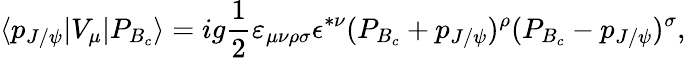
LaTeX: \langle p_{J/\psi}|V_{\mu}|P_{B_{c}}\rangle=ig{\frac{1}{2}}\varepsilon_{\mu\nu\rho\sigma}\epsilon^{*\nu}(P_{B_{c}}+p_{J/\psi})^{\rho}(P_{B_{c}}-p_{J/\psi})^{\sigma},